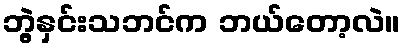
ဘွဲ့နှင်းသဘင်က ဘယ်တော့လဲ။